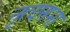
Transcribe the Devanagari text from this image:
नृत्यसभा